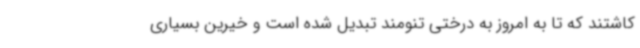
کاشتند که تا به امروز به درختی تنومند تبدیل شده است و خیرین بسیاری